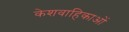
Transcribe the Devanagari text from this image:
केशवाहिकाओं